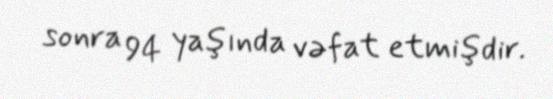
sonra 94 yaşında vəfat etmişdir.